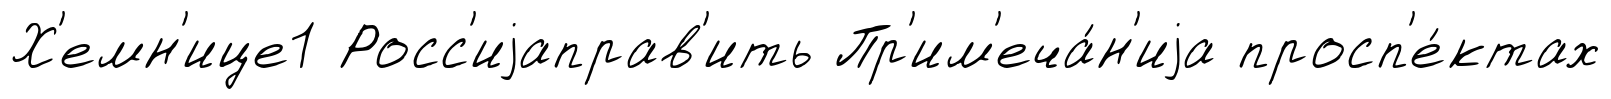
Х'емн'ице1 Росс'иjаправ'ить Пр'им'еча́н'иjа просп'е́ктах